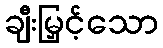
ချီးမြှင့်သော